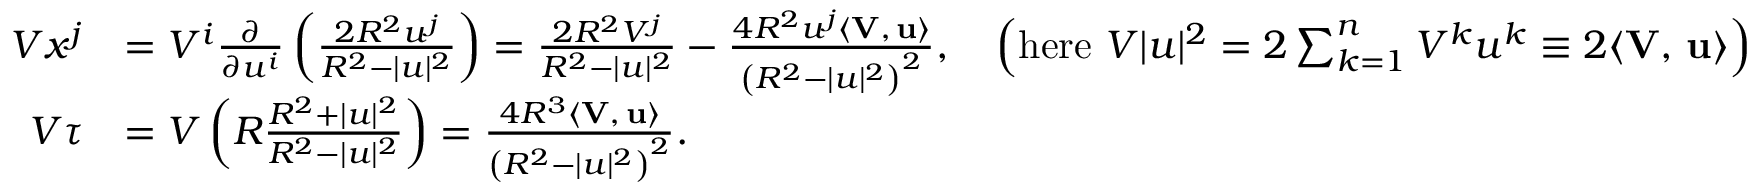
{ \begin{array} { r l } { V x ^ { j } } & { = V ^ { i } { \frac { \partial } { \partial u ^ { i } } } \left( { \frac { 2 R ^ { 2 } u ^ { j } } { R ^ { 2 } - | u | ^ { 2 } } } \right) = { \frac { 2 R ^ { 2 } V ^ { j } } { R ^ { 2 } - | u | ^ { 2 } } } - { \frac { 4 R ^ { 2 } u ^ { j } \langle \mathbf { V } , \, \mathbf { u } \rangle } { \left( R ^ { 2 } - | u | ^ { 2 } \right) ^ { 2 } } } , \quad \left( { \mathrm { h e r e ~ } } V | u | ^ { 2 } = 2 \sum _ { k = 1 } ^ { n } V ^ { k } u ^ { k } \equiv 2 \langle \mathbf { V } , \, \mathbf { u } \rangle \right) } \\ { V \tau } & { = V \left( R { \frac { R ^ { 2 } + | u | ^ { 2 } } { R ^ { 2 } - | u | ^ { 2 } } } \right) = { \frac { 4 R ^ { 3 } \langle \mathbf { V } , \, \mathbf { u } \rangle } { \left( R ^ { 2 } - | u | ^ { 2 } \right) ^ { 2 } } } . } \end{array} }